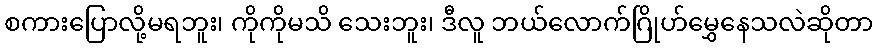
စကားပြောလို့မရဘူး၊ ကိုကိုမသိ သေးဘူး၊ ဒီလူ ဘယ်လောက်ဂြိုဟ်မွှေနေသလဲဆိုတာ